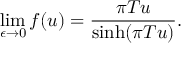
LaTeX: \operatorname * { l i m } _ { \epsilon \to 0 } f ( u ) = { \frac { \pi T u } { \sinh ( \pi T u ) } } .